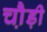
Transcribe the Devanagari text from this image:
चौ़ड़ी